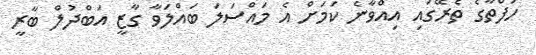
ހަފްތާގެ ތެރޭގައި އިއްވާނެ ކަމަށް އެ މައްސަލަ ބައްލަވާ ގާޒީ އަބްދުލް ބާރީ